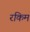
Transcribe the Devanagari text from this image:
रकिम